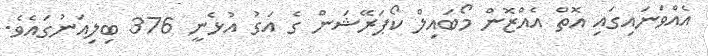
އެއްވަނައިގައި އޮތް އެއްޒޮން މޯބައިލް ކޯޕަރޭޝަން ގެ އަގު އުޅެނީ 376 ބިލިއަނުގައެވެ.